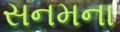
સનમના